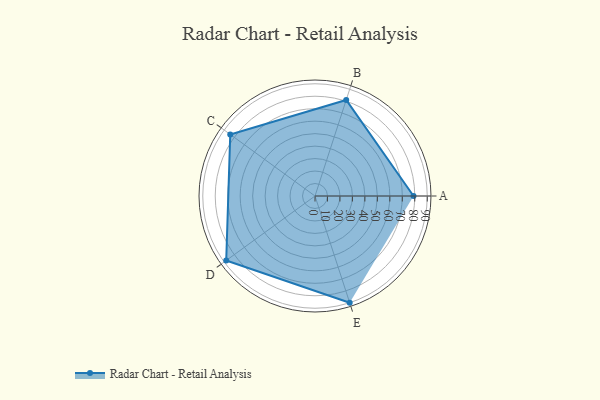
{"axis": {"x": "Skill", "y": "Score"}, "legend": ["Profile"], "data": [{"x": "A", "y": 79.0, "type": "Profile"}, {"x": "B", "y": 81.0, "type": "Profile"}, {"x": "C", "y": 84.0, "type": "Profile"}, {"x": "D", "y": 88.0, "type": "Profile"}, {"x": "E", "y": 90.0, "type": "Profile"}]}